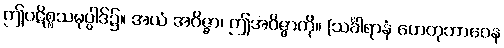
ဤပဋိစ္စသမုပ္ပါဒ်၌။ အယံ အဝိဇ္ဇာ၊ ဤအဝိဇ္ဇာကို။ (သင်္ခါရာနံ ဟေတုဘာဝေန